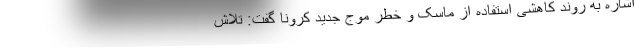
اشاره به روند کاهشی استفاده از ماسک و خطر موج جدید کرونا گفت: تلاش